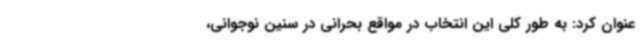
عنوان کرد: به طور کلی این انتخاب در مواقع بحرانی در سنین نوجوانی،